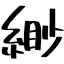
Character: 緲